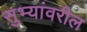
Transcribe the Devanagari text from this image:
सुभ्यांवरील